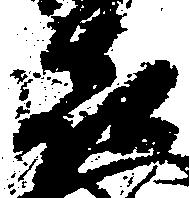
喜